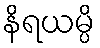
နိရယမ္ပိ